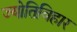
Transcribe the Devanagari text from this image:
ज्योतिविहार